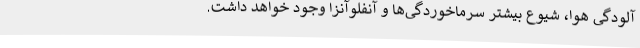
آلودگی هوا، شیوع بیشتر سرماخوردگی‌ها و آنفلوآنزا وجود خواهد داشت.